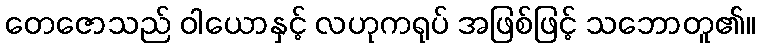
တေဇောသည် ဝါယောနှင့် လဟုကရုပ် အဖြစ်ဖြင့် သဘောတူ၏။